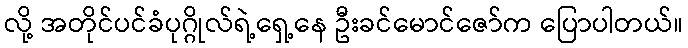
လို့ အတိုင်ပင်ခံပုဂ္ဂိုလ်ရဲ့ရှေ့နေ ဦးခင်မောင်ဇော်က ပြောပါတယ်။